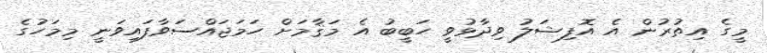
މީގެ އިތުރުން އެ އޮފިޝަލު ވިދާޅުވީ ހަބީބު އެ މަޤާމަށް ހަމަޖައްސަވާފައިވަނީ މިމަހުގެ